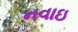
નવાઇ